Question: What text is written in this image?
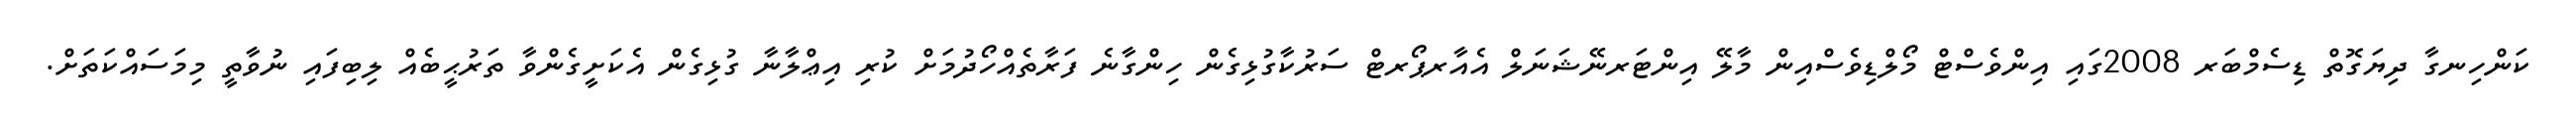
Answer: ކަންހިނގާ ދިޔަގޮތް ޑިސެމްބަރ 2008ގައި އިންވެސްޓް މޯލްޑިވެސްއިން މާލޭ އިންޓަރނޭޝަނަލް އެއާރޕޯރޓް ސަރުކާގުޅިގެން ހިންގާނެ ފަރާތެއްހޯދުމަށް ކުރި އިޢްލާނާ ގުޅިގެން އެކަށީގެންވާ ތަރުޙީބެއް ލިބިފައި ނުވާތީ މިމަސައްކަތަށް.